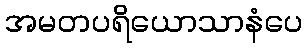
အမတပရိယောသာနံပေ